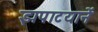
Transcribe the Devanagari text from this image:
झपाटयानें